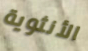
الأنثوية